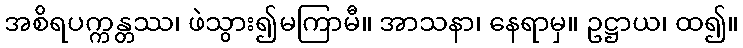
အစိရပက္ကန္တဿ၊ ဖဲသွား၍မကြာမီ။ အာသနာ၊ နေရာမှ။ ဥဋ္ဌာယ၊ ထ၍။